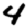
Digit: 4